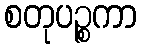
စတုပဉ္စကာ